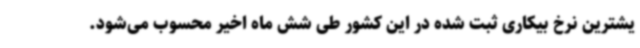
یشترین نرخ بیکاری ثبت شده در این کشور طی شش ماه اخیر محسوب می‌شود.